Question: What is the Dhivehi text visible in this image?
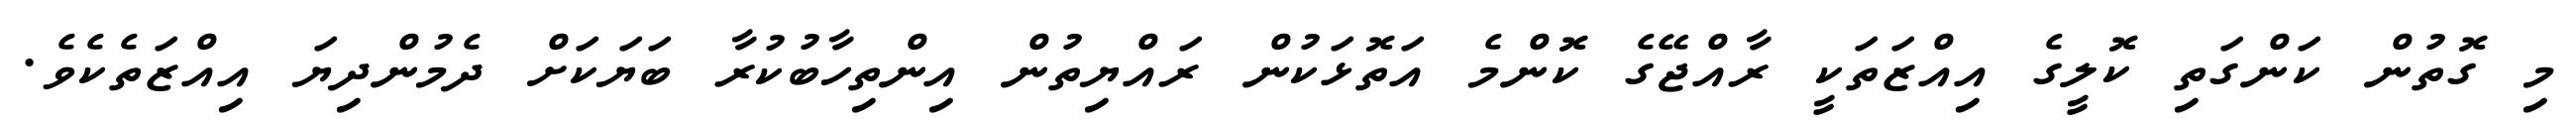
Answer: މި ގޮތުން ކަންގަތި ކޮލީގެ އިއްޒަތަކީ ރާއްޖޭގެ ކޮންމެ އަތޮޅަކުން ރައްޔިތުން އިންތިހާބުކުރާ ބަޔަކަށް ދެމުންދިޔަ އިއްޒަތެކެވެ.